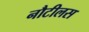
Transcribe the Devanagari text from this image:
नौटीलस